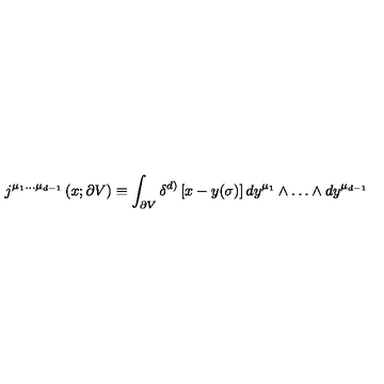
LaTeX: j ^ { \mu _ { 1 } \dots \mu _ { d - 1 } } \left( x ; \partial V \right) \equiv \int _ { \partial V } \delta ^ { d ) } \left[ x - y ( \sigma ) \right] d y ^ { \mu _ { 1 } } \wedge \dots \wedge d y ^ { \mu _ { d - 1 } }